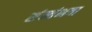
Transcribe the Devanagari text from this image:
संस्तंभता